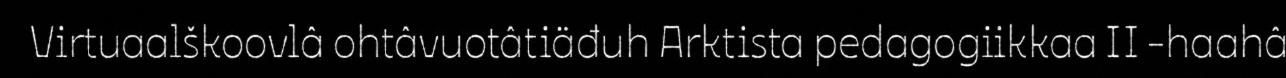
Virtuaalškoovlâ ohtâvuotâtiäđuh Arktista pedagogiikkaa II -haahâ